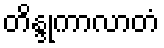
တိန္ဒုကာလာတံ